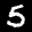
Label: 5